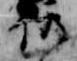
仍